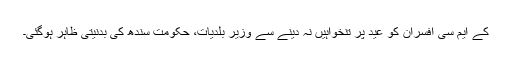
کے ایم سی افسران کو عید پر تنخواہیں نہ دینے سے وزیر بلدیات، حکومت سندھ کی بدنیتی ظاہر ہوگئی۔